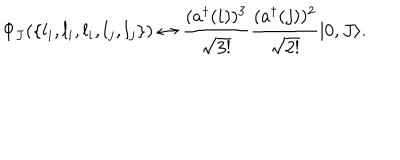
LaTeX: \Phi _ { J } ( \{ l _ { i } , l _ { i } , l _ { i } , l _ { j } , l _ { j } \} ) \leftrightarrow { \frac { ( a ^ { \dagger } ( i ) ) ^ { 3 } } { \sqrt { 3 ! } } } { \frac { ( a ^ { \dagger } ( j ) ) ^ { 2 } } { \sqrt { 2 ! } } } | 0 , J \rangle .